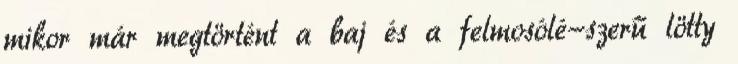
mikor már megtörtént a baj és a felmosólé-szerű lötty